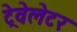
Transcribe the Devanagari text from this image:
ट्रेवेलेटर